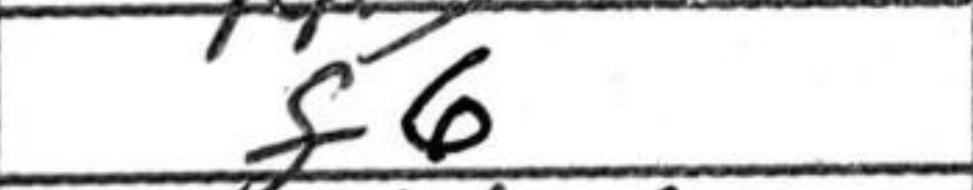
Transcription: f6